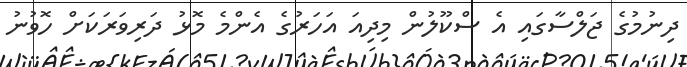
ދިނުމުގެ ޖަލްސާގައި އެ ސްކޫލުން މިދިއަ އަހަރުގެ އެންމެ މޮޅު ދަރިވަރަކަށް ހޮވުނު